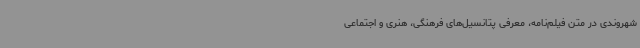
شهروندی در متن فیلم‌نامه، معرفی پتانسیل‌های فرهنگی، هنری و اجتماعی